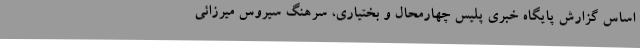
اساس گزارش پایگاه خبری پلیس چهارمحال و بختیاری، سرهنگ سیروس میرزائی